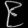
Digit: ၉